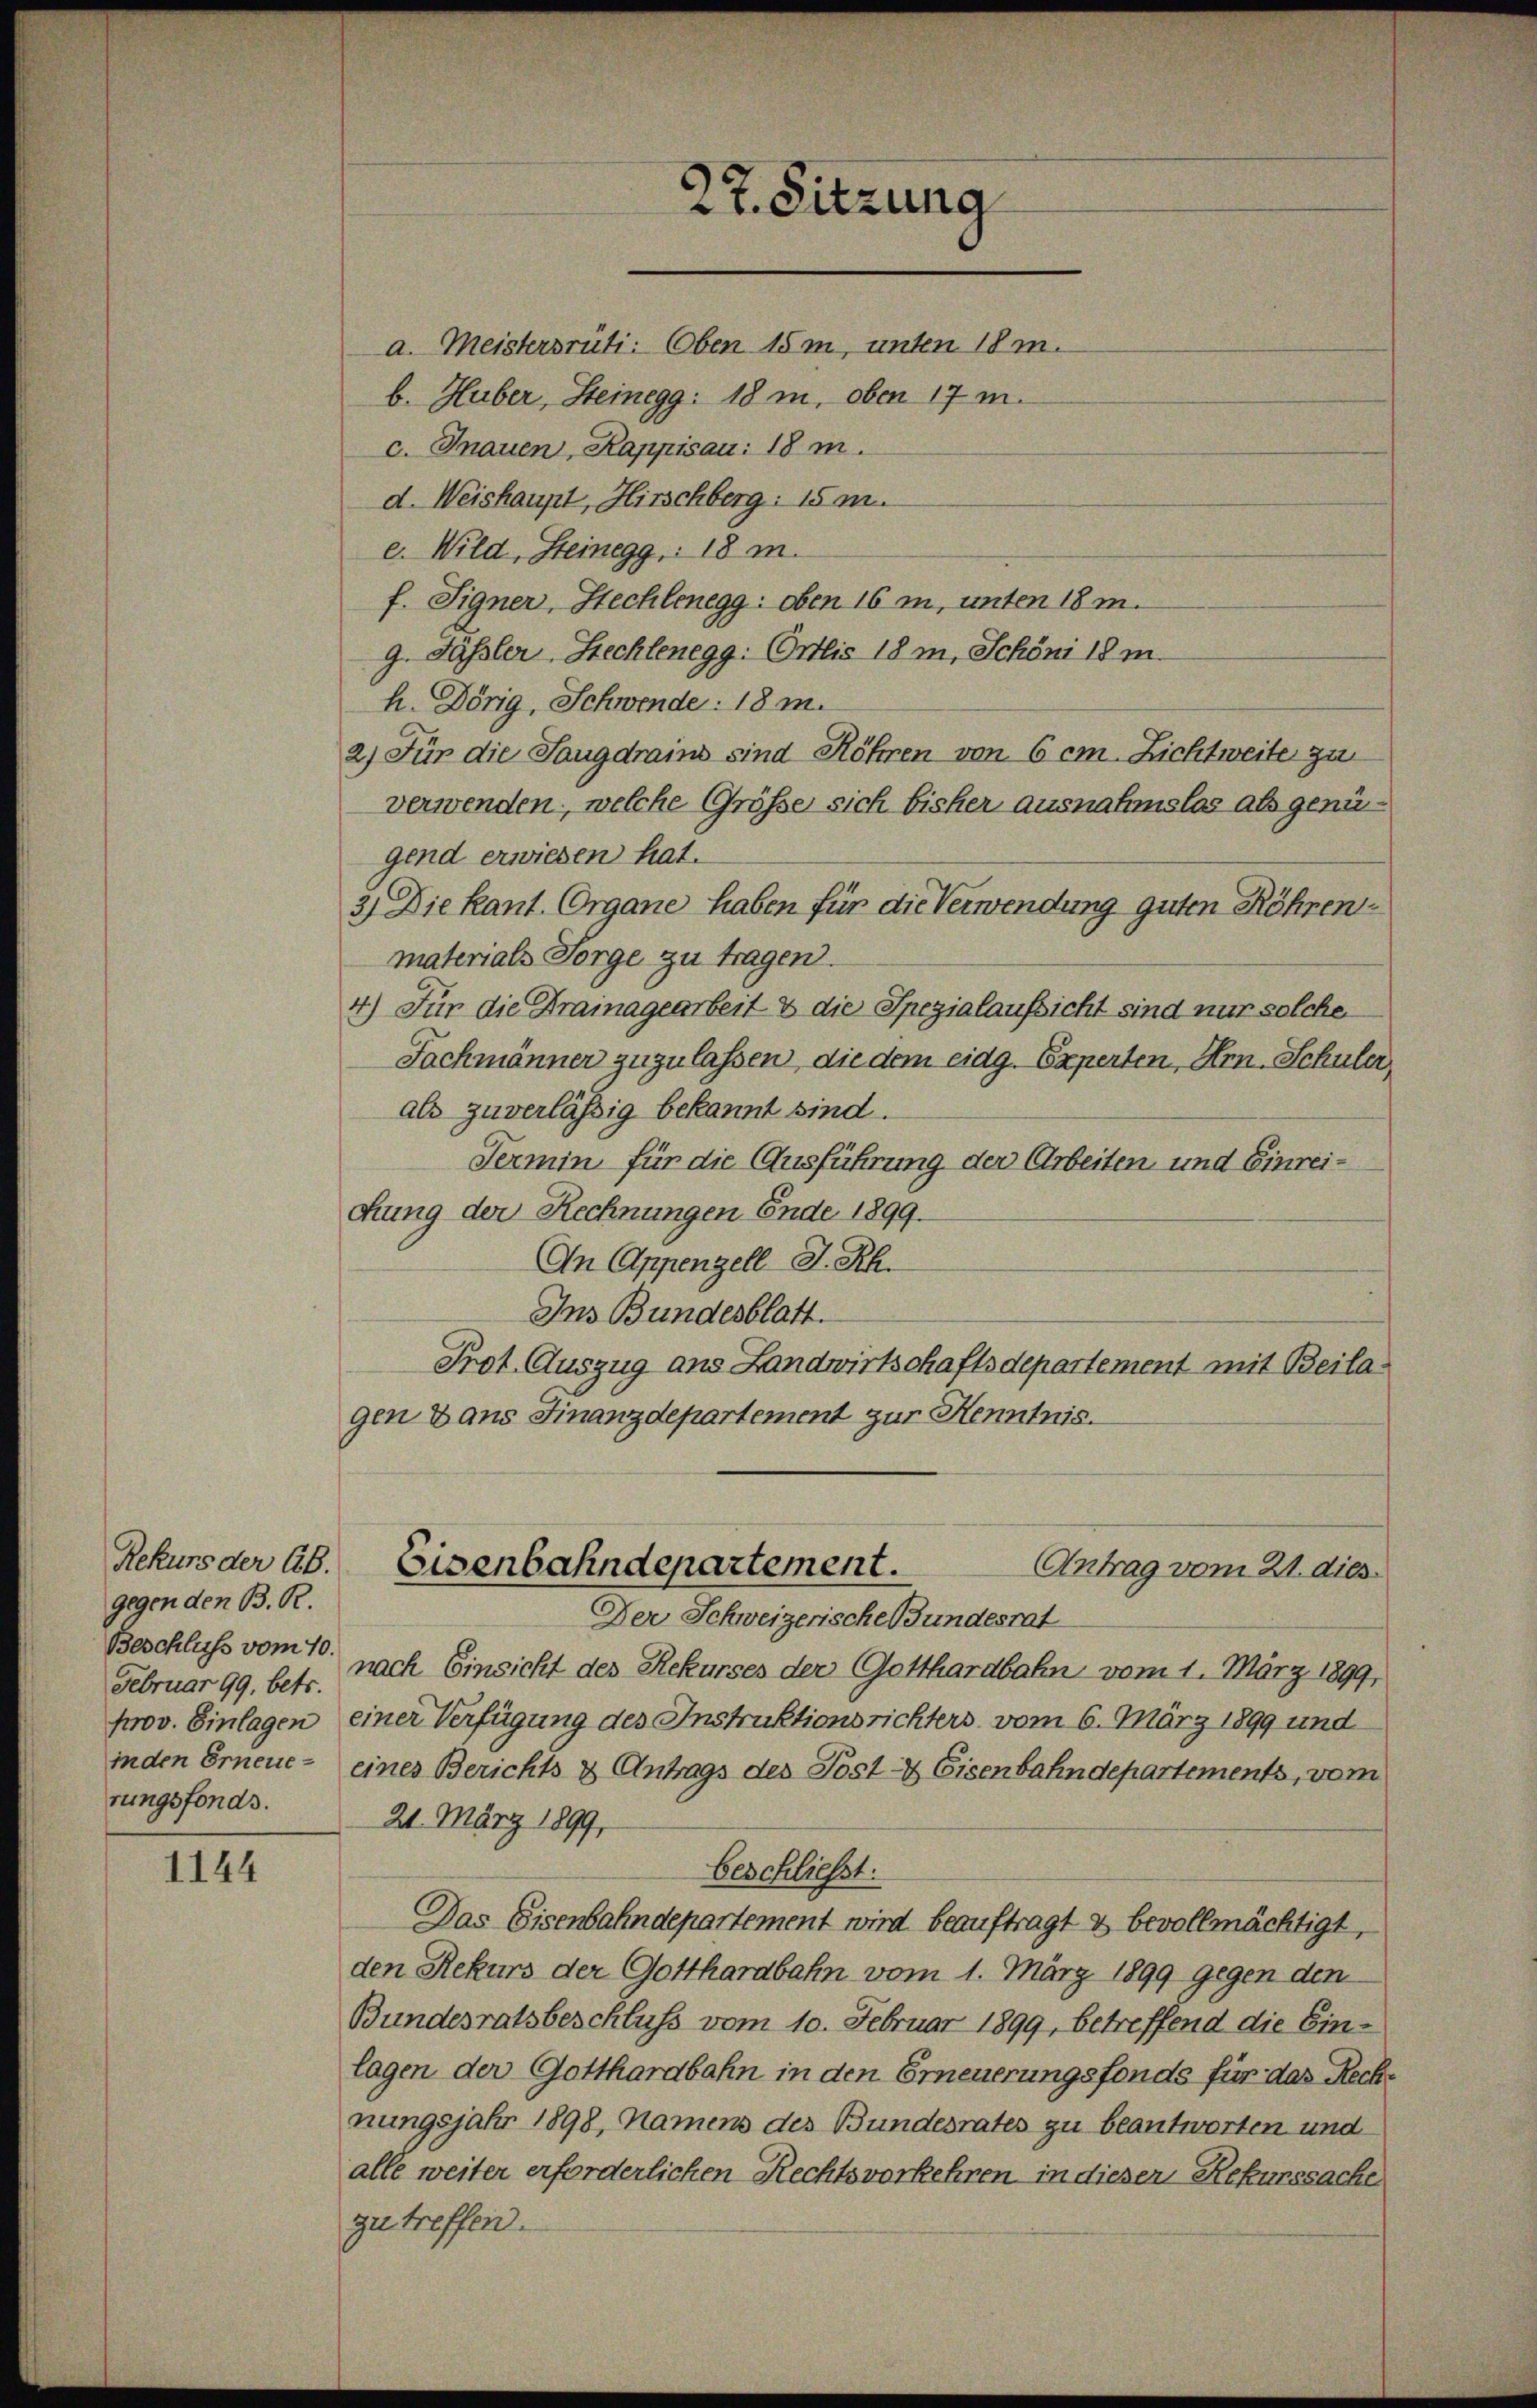
gegen den B. R.
Februar 99, betr.
rungsfonds.

1144

27. Sitzung
a. Meistersrüti: Oben 15m, unten 18 m.
b. Huber, Steinegg: 18 m. oben 17 m.
c. Inauen, Kappisau: 18 m

d. Weishaupt, Hirschberg: 15 m
e. Wild, Steinegg, 18 m.
f. Signer, Hechlenegg: oben 16 m, unten 18 m.
g. Fassler Stechlenegg: Orlis 18 m. Schöni 18 m
h. Dörig, Schwende: 18 m.
2) Für die Saugdrains sind Röhren von 6 cm Zichtweite zu
verwenden, welche Größe sich bisher ausnahmslos als genügend erwiesen hat.
2) Die kant. Organe haben für die Verwendung guten Röhrenmaterials Sorge zu tragen.
4) Für die Drainagearbeit & die Spezialaufsicht sind nur solche
Fachmänner zuzulassen, die dem eidg. Experten, Hrn. Schuler,
als zuverlässig bekannt sind.
Termin für die Ausführung der Arbeiten und Einreidung der Rechnungen Ende 1899.
An Appenzell I.Rh.
Ins Bundesblatt.
Prot. Auszug aus Landwirtschaftsdepartement mit Beilagen & aus Finanzdepartement zur Henntnis.

Rekurs der ab. Eisenbahndepartement.
Antrag vom 21. dies

Der Schweizerisches Fundesrat
Beschluß vom 10. nach Einsicht des Rekurses der Gotthardbahn vom 1. März 1899,
prov. Einlagen einer Verfügung des Instruktionsrichters, vom 6. März 1899 und
inden Erneue - eines Berichts & Antrags des Post- & Eisenbahndepartements, vom
21. März 1899,
Das Eisenbahndepartement wird beauftragt & bevollmächtigt,
den Rekurs der Gotthardbahn vom 1. März 1899 gegen den
Bundesratsbeschluss vom 10. Februar 1899, betreffend die Einlagen der Gotthardbahn in den Erneuerungsfonds für das Reche
nungsjahr 1898, Namens des Bundesrates zu beantworten und
alle weiter erforderlichen Rechtsvorkehren in diesen Rekurssache
zu treffen.

beschließt: